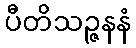
ပီတိသဉ္ဇနနံ